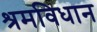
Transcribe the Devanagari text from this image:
श्रमविधान